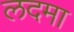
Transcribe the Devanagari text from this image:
लदमा